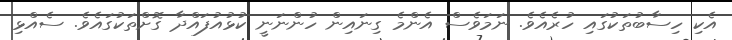
އެކި ހިސާބުތަކުގައި ހުރެއެވެ. ނަމަވެސް އެންމެ ގިނައިން ހުންނަނީ ކުޅުއުފައްދާ ގޮށްތަކުގައެވެ. ސެއްޅި